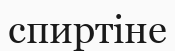
спиртіне